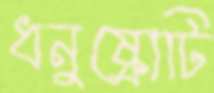
ধনুষ্কোটি